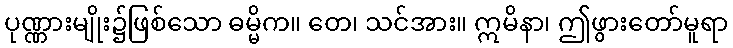
ပုဏ္ဏားမျိုး၌ဖြစ်သော ဓမ္မိက။ တေ၊ သင်အား။ ဣမိနာ၊ ဤဖွားတော်မူရာ